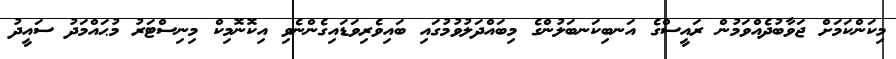
މިކަންކަމަށް ޖަވާބުދެއްވަމުން ރައީސްގެ އަނބިކަނބަލުންގެ މިބައްދަލުވުމުގައި ބައިވެރިވަޑައިގެންނެވި އިކޮނޮމިކް މިނިސްޓަރު މުޙައްމަދު ސައީދު